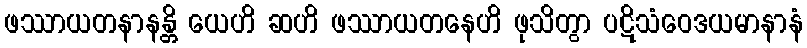
ဖဿာယတနာနန္တိ ယေဟိ ဆဟိ ဖဿာယတနေဟိ ဖုသိတွာ ပဋိသံဝေဒယမာနာနံ